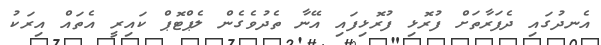
އެނދުގައި ދެފަރާތަށް ފުރޮޅި ފުރޮޅިފައި އޭނާ ތެދުވެގެން ލެޕްޓޮޕް ކައިރީ އެތައް އިރަކު